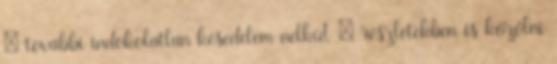
– további indokolatlan késedelem nélkül – részletekben is közölni